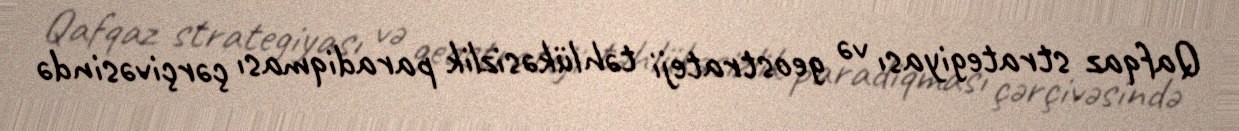
Qafqaz strategiyası və geostrateji təhlükəsizlik paradiqması çərçivəsində